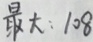
最 大 : 1 0 8